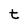
Character: t